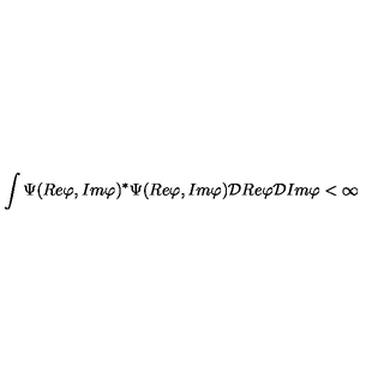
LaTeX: \int \Psi ( R e \varphi , I m \varphi ) ^ { \ast } \Psi ( R e \varphi , I m \varphi ) { \cal D } R e \varphi { \cal D } I m \varphi < \infty